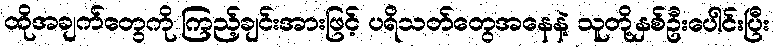
ထိုအချက်တွေကို ကြည့်ချင်းအားဖြင့် ပရိသတ်တွေအနေနဲ့ သူတို့နှစ်ဦးပေါင်းပြီး